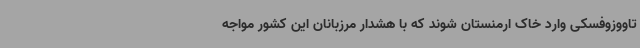
تاووزوفسکی وارد خاک ارمنستان شوند که با هشدار مرزبانان این کشور مواجه